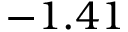
- 1 . 4 1